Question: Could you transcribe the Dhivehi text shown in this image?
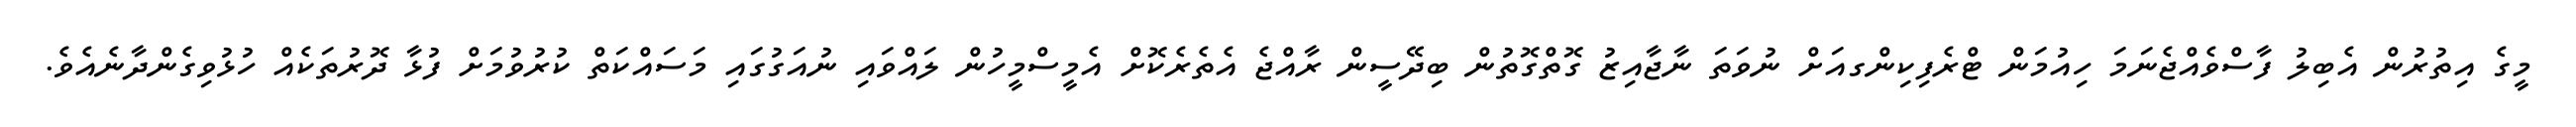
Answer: މީގެ އިތުރުން އެބިލު ފާސްވެއްޖެނަމަ ހިއުމަން ޓްރެފިކިންގއަށް ނުވަތަ ނާޖާއިޒު ގޮތްގޮތުން ބިދޭސީން ރާއްޖެ އެތެރެކޮށް އެމީސްމީހުން ލައްވައި ނުއަގުގައި މަސައްކަތް ކުރުވުމަށް ފުޅާ ދޮރުތަކެއް ހުޅުވިގެންދާނެއެވެ.